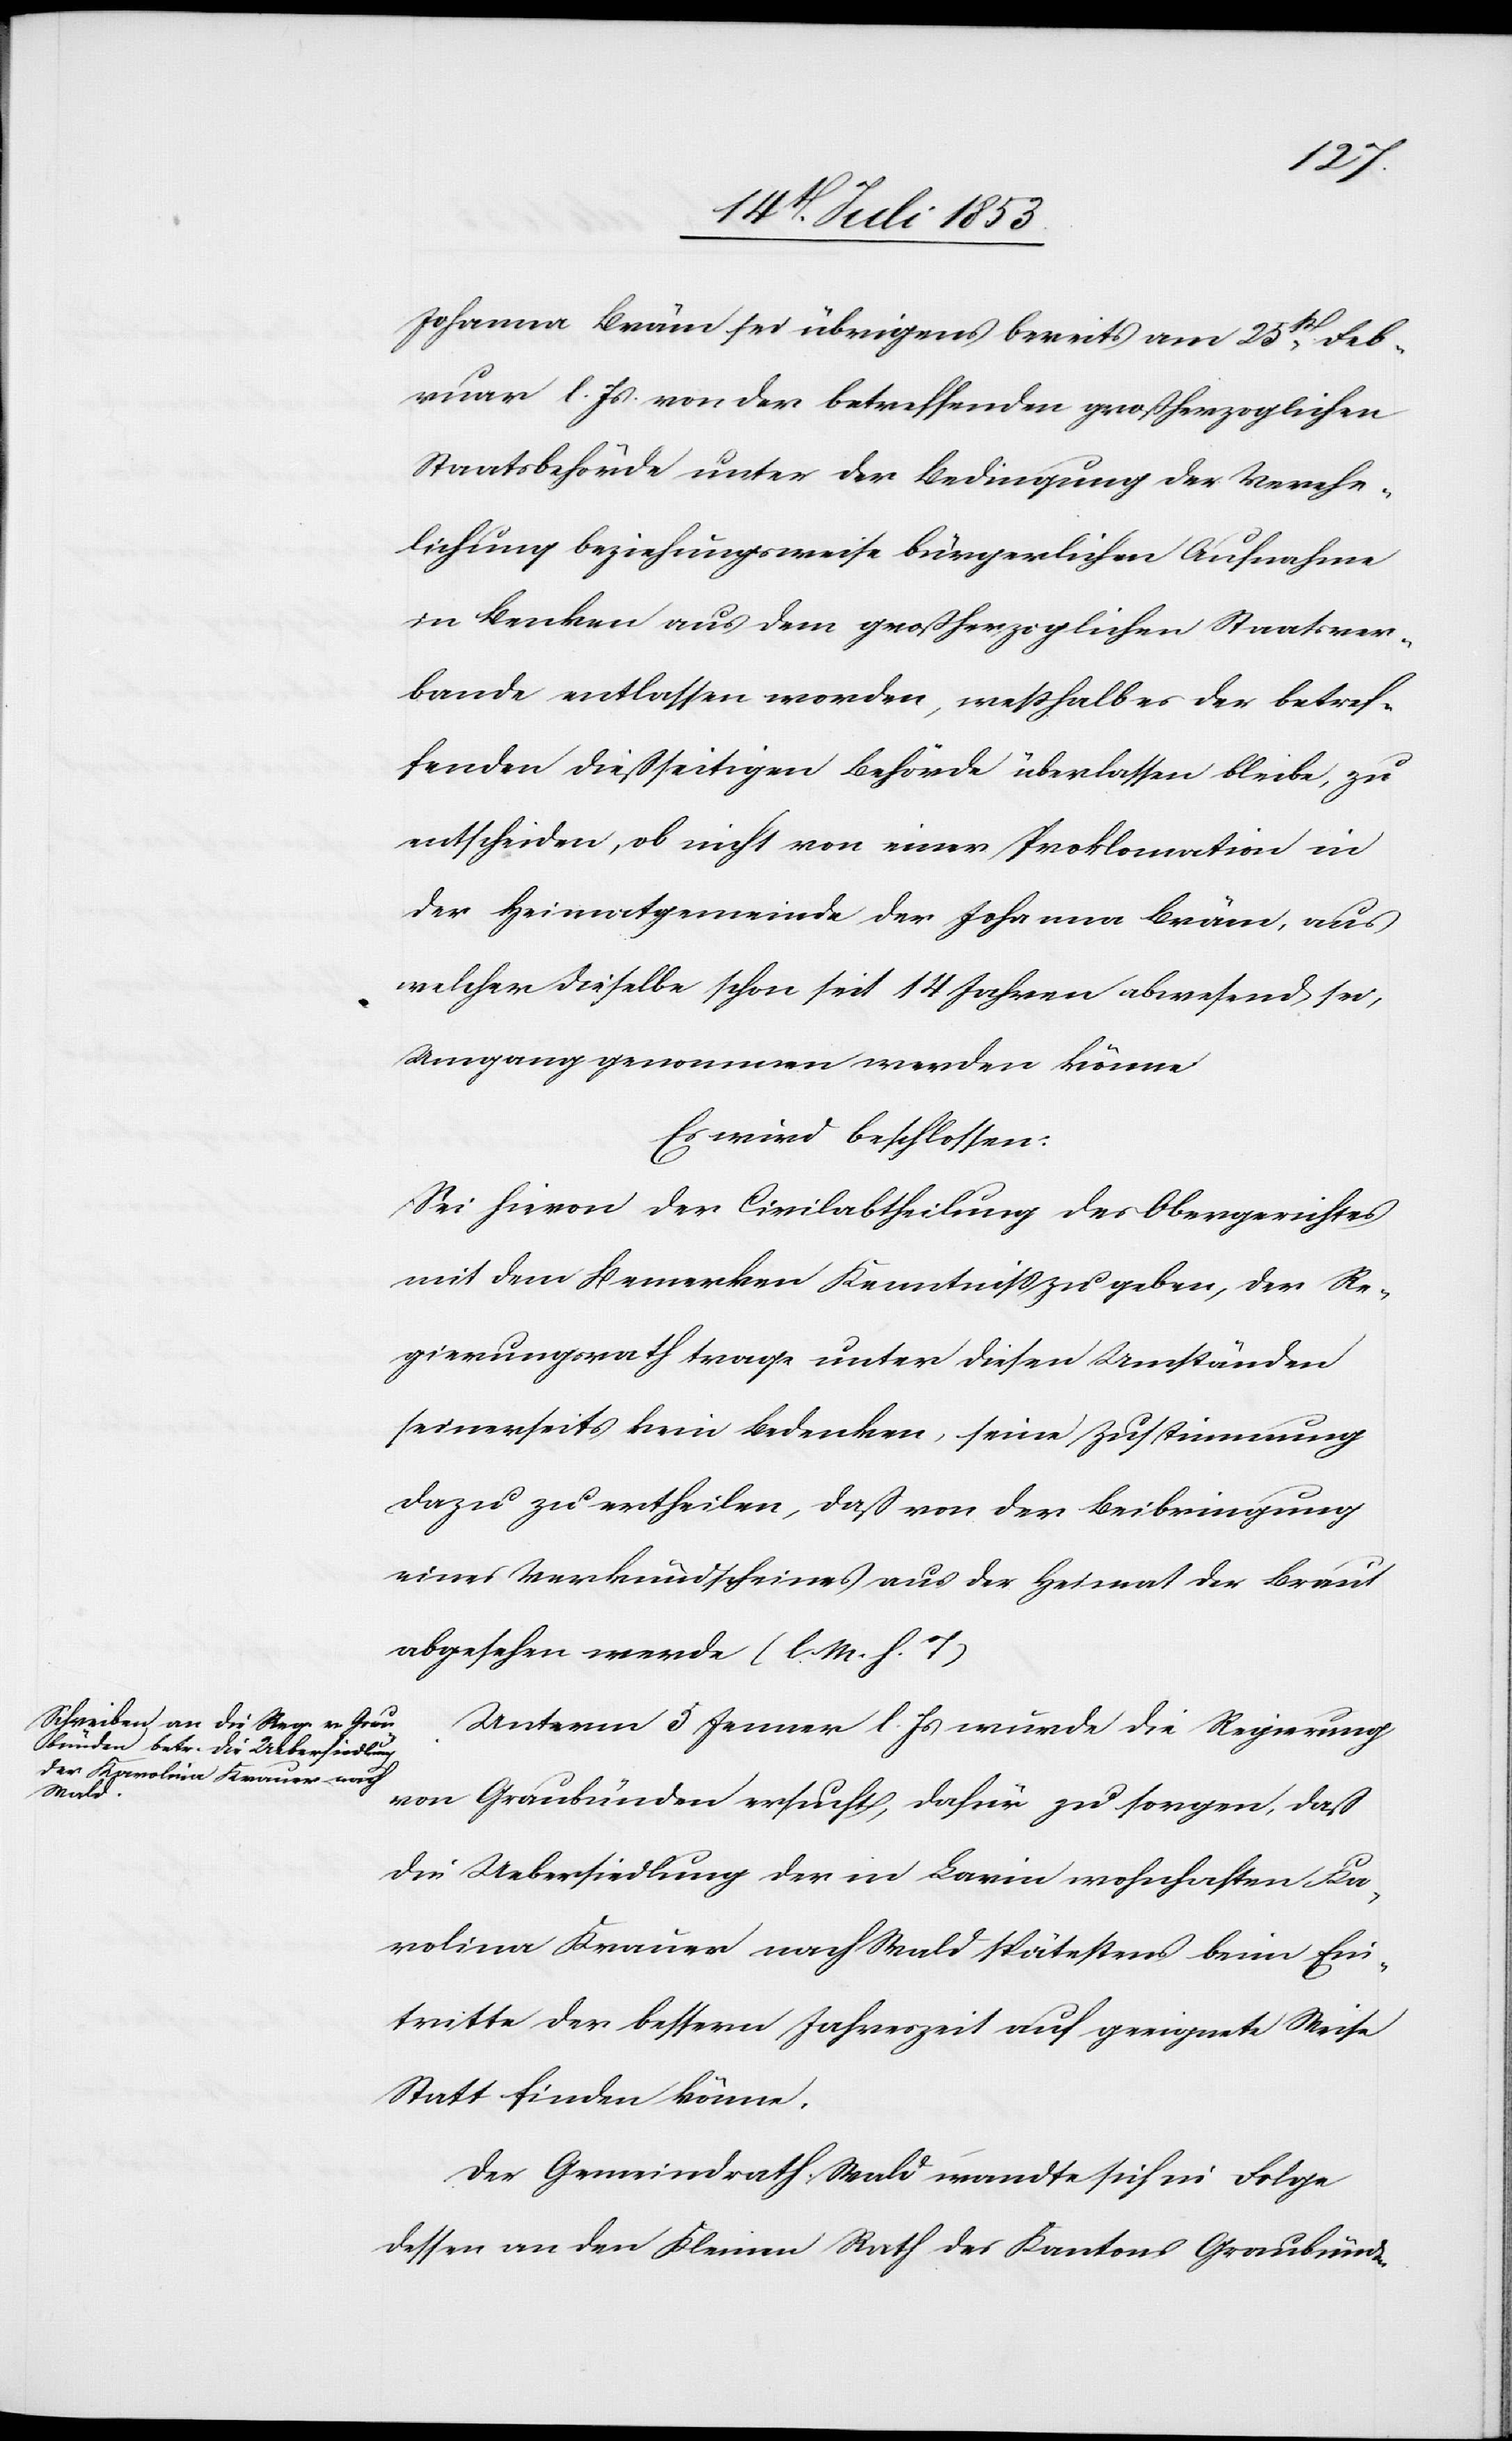
Johanna Bräm sei übrigens bereits vom 25t Feb¬
ruar l. Js. von der betreffenden großherzoglichen
Staatsbehörde unter der Bedingung der Verehe¬
lichung beziehungsweise bürgerlichen Aufnahme
in Benken aus dem großherzoglichen Staatsver¬
bande entlassen worden, weßhalb es der betref¬
fenden dießseitigen Behörde überlassen bleibe, zu
entscheiden, ob nicht von seiner Proklamation in
der Heimatgemeinde der Johanna Bräm, aus
welcher dieselbe schon seit 14 Jahren abwesend sei,
Umgang genommen werden könne.
Es wird beschlossen:
Sei hievon der Civilabtheilung des Obergerichtes
mit dem Bemerken Kenntniß zu geben, der Re¬
gierungsrath trage unter diesen Umständen
seinerseits kein Bedenken, seine Zustimmung
dazu zu ertheilen, daß von der Beibringung
eines Verkündscheines aus der Heimat der Braut
abgesehen werde. [l. M. h. T]
Unterm 5 Jenner l. Js. wurde die Regierung
von Graubünden ersucht, dafür zu sorgen, daß
die Uebersiedlung der in Larin wohnhaften Ka¬
rolina Krauer nach Wald spätestens beim Ein¬
tritte der bessern Jahreszeit auf geeignete Weise
Statt finden könne.
Der Gemeindrath Wald wandte sich in Folge
dessen an den Kleinen Rath des Kantons Graubünden